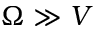
\Omega \gg V